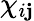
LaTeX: \chi_{i\mathbf{j}}